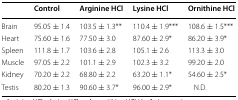
<table><thead><tr><td></td><td><b>Control</b></td><td><b>Arginine HCl</b></td><td><b>Lysine HCl</b></td><td><b>Ornithine HCl</b></td></tr></thead><tbody><tr><td>Brain</td><td>95.05 ± 1.4</td><td>103.5 ± 1.3**</td><td>110.4 ± 1.9***</td><td>108.6 ± 1.5***</td></tr><tr><td>Heart</td><td>75.60 ± 1.6</td><td>77.50 ± 3.0</td><td>87.60 ± 2.9*</td><td>86.20 ± 3.9*</td></tr><tr><td>Spleen</td><td>111.8 ± 1.7</td><td>103.6 ± 2.8</td><td>105.1 ± 2.6</td><td>113.3 ± 3.0</td></tr><tr><td>Muscle</td><td>97.05 ± 2.2</td><td>101.1 ± 2.9</td><td>102.3 ± 3.2</td><td>99.20 ± 2.0</td></tr><tr><td>Kidney</td><td>70.20 ± 2.2</td><td>68.80 ± 2.2</td><td>63.20 ± 1.1*</td><td>54.60 ± 2.5*</td></tr><tr><td>Testis</td><td>80.20 ± 1.3</td><td>90.60 ± 3.7*</td><td>96.00 ± 2.9*</td><td>N.D.</td></tr></tbody></table>